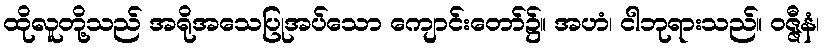
ထိုလူတို့သည် အရိုအသေပြုအပ်သော ကျောင်းတော်၌။ အဟံ၊ ငါဘုရားသည်။ ဝဇ္ဇီနံ၊